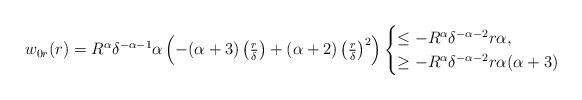
LaTeX: \begin{align*} w_{0 r}(r) = R^\alpha \delta^{-\alpha-1} \alpha \left( - (\alpha + 3) \left(\tfrac{r}{\delta}\right) + (\alpha + 2) \left(\tfrac{r}{\delta}\right)^2\right) \begin{cases} \leq -R^\alpha \delta^{-\alpha-2} r \alpha, \\ \geq -R^\alpha \delta^{-\alpha-2} r \alpha(\alpha + 3) \end{cases} \end{align*}